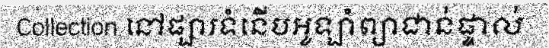
Collection នៅផ្សារទំនើបអូឡាំព្យាជាន់ផ្ទាល់